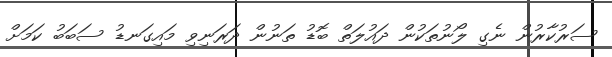
ސަރުކާރުން ނެގި ލޯނުތަކުން ދައުލަތް ބޮޑު ތަނުން ދަރަނިވި މައިގަނޑު ސަބަބު ކަމަށް